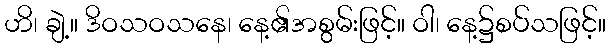
ဟိ၊ ချဲ့။ ဒိဝသဝသနေ၊ နေ့၏အစွမ်းဖြင့်။ ဝါ၊ နေ့၌စပ်သဖြင့်။